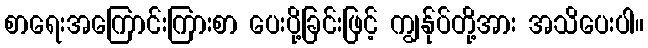
စာရေးအကြောင်းကြားစာ ပေးပို့ခြင်းဖြင့် ကျွန်ုပ်တို့အား အသိပေးပါ။